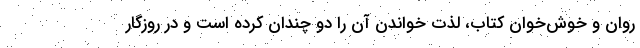
روان و خوش‌خوان کتاب، لذت خواندن آن را دو چندان کرده است و در روزگار